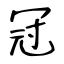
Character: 冠